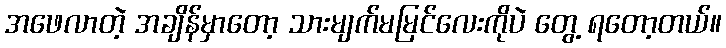
အဖေလာတဲ့ အချိန်မှာတော့ သားမျက်မမြင်လေးကိုပဲ တွေ့ ရတော့တယ်။